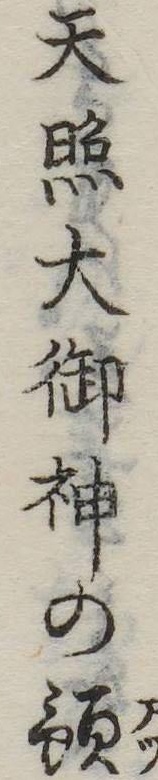
天照大御神の預